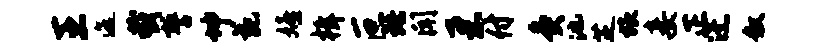
王迤截誓坤苑嬉楫叵珞闻柔付灸池芝旅妾正迂叙